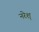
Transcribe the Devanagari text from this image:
नरेश्